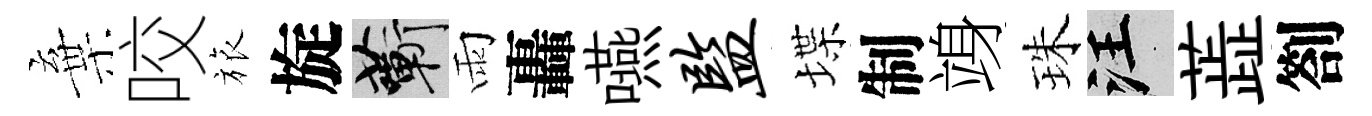
棄咬旅旋蔪雨轟嚥监堞制竧珠汪蕋劄